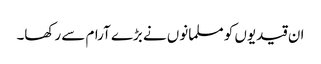
ان قیدیوں کو مسلمانوں نے بڑے آرام سے رکھا۔